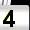
Digit: 4